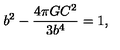
b ^ { 2 } - { \frac { 4 \pi G C ^ { 2 } } { 3 b ^ { 4 } } } = 1 ,